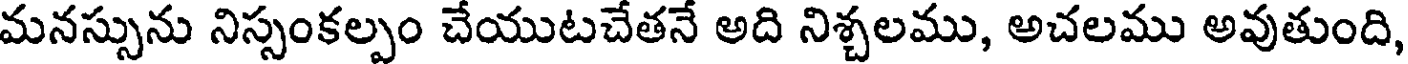
మనస్సును నిస్సంకల్పం చేయుటచేతనే అది నిశ్చలము, అచలము అవుతుంది